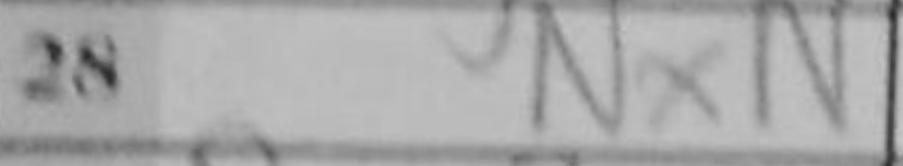
Transcription: NxN